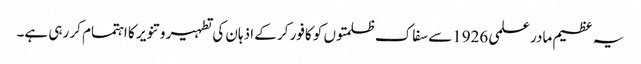
یہ عظیم مادر علمی 1926سے سفاک ظلمتوں کو کافور کر کے اذہان کی تطہیر و تنویر کا اہتمام کر رہی ہے۔